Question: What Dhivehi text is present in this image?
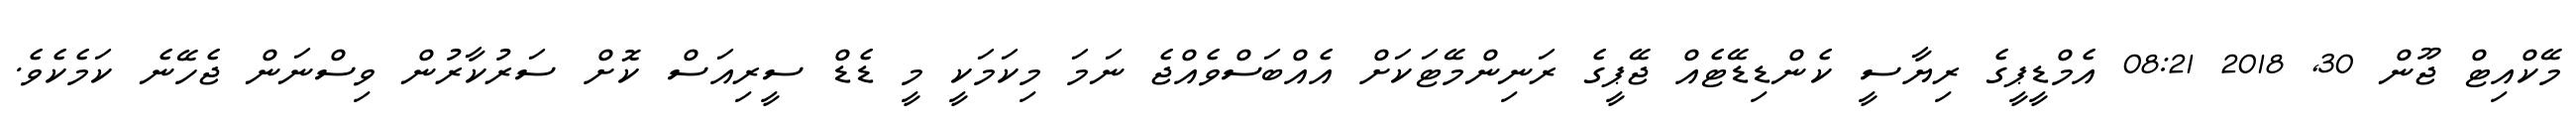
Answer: މޭކްއިޓް ޖޫން 30, 2018 08:21 އެމްޑީޕީގެ ރިޔާސީ ކެންޑިޑޭޓެއް ޖޭޕީގެ ރަނިންމޭޓަކަށް އެއްބަސްވެއްޖެ ނަމަ މިކަމަކީ މީ ޑެޑް ސީރިއަސް ކޮށް ސަރުކާރުން ވިސްނަން ޖެހޭނެ ކަމެކެވެ.